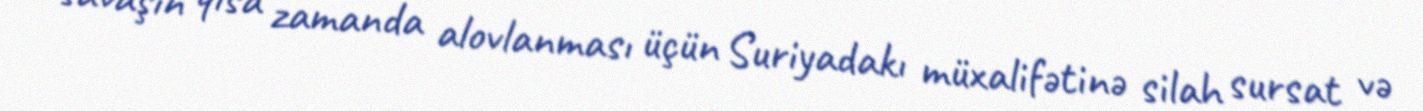
savaşın qısa zamanda alovlanması üçün Suriyadakı müxalifətinə silah sursat və